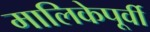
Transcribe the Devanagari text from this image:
मालिकेपूर्वी